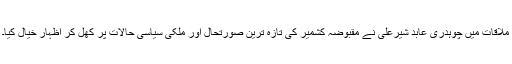
ملاقات میں چوہدری عابد شیرعلی نے مقبوضہ کشمیر کی تازہ ترین صورتحال اور ملکی سیاسی حالات پر کھل کر اظہار خیال کیا۔